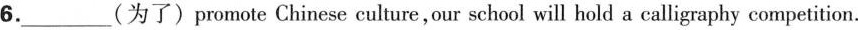
6.___ (为了) promote Chinese eulture, our school will hold a calligraphy competition.